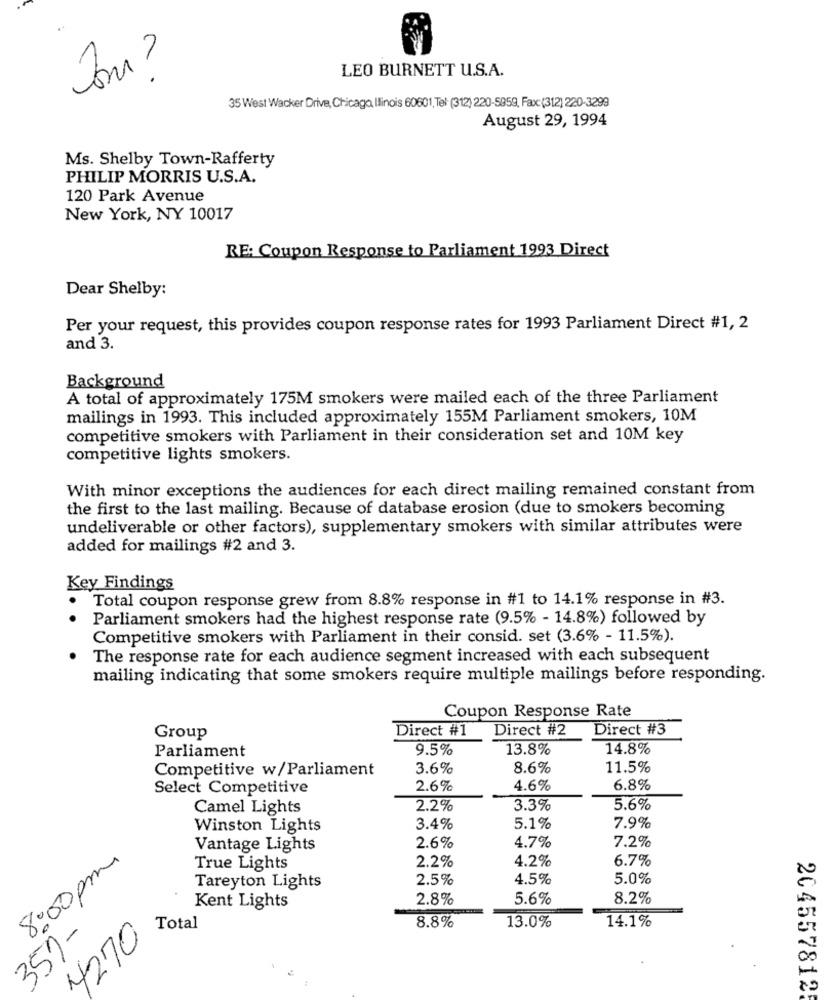
LEO BURNETT U.S.A.
35 West Wacker Drive, Chicago Ilinois 60601,Tel: (312) 220-5959, Fax:(312) 220-3299
August 29, 1994
Ms. Shelby Town-Rafferty
PHILIP MORRIS U.S.A.
120 Park Avenue
New York, NY 10017
RE: Coupon Response to Parliament 1993 Direct
Dear Shelby:
Per your request, this provides coupon response rates for 1993 Parliament Direct #1, 2
and 3.
Background
A total of approximately 175M smokers were mailed each of the three Parliament
mailings in 1993. This included approximately 155M Parliament smokers, 10M
competitive smokers with Parliament in their consideration set and 10M key
competitive lights smokers.
With minor exceptions the audiences for each direct mailing remained constant from
the first to the last mailing. Because of database erosion (due to smokers becoming
undeliverable or other factors), supplementary smokers with similar attributes were
added for mailings #2 and 3.
Key Findings
Total coupon response grew from 8.8% response in #1 to 14.1% response in #3.
. .
Parliament smokers had the highest response rate (9.5% - 14.8%) followed by
Competitive smokers with Parliament in their consid. set (3.6% - 11.5%).
The response rate for each audience segment increased with each subsequent
mailing indicating that some smokers require multiple mailings before responding.
Coupon Response Rate
Direct #1
Direct #2
Direct #3
Group
Parliament
9.5%
13.8%
14.8%
Competitive w/Parliament
3.6%
8.6%
11.5%
Select Competitive
2.6%
4.6%
6.8%
Camel Lights
2.2%
3.3%
5.6%
Winston Lights
3.4%
5.1%
7.9%
4.7%
Vantage Lights
2.6%
7.2%
8:00 pm
2.2%
4.2%
6.7%
True Lights
2.5%
4.5%
5.0%
Tareyton Lights
2.8%
5.6%
8.2%
Kent Lights
8.8%
14.1%
Total
13.0%
357-
4270
2045578125